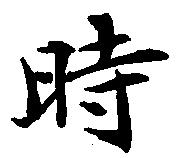
時